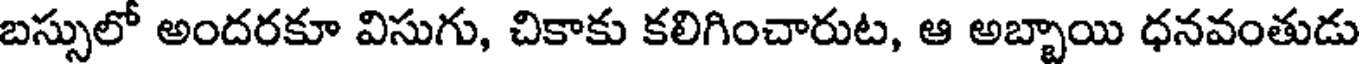
బస్సులో అందరకూ విసుగు, చికాకు కలిగించారుట, ఆ అబ్బాయి ధనవంతుడు